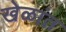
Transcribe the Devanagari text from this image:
खेळांत़